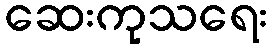
ဆေးကုသရေး